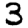
Digit: 3